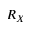
R _ { X }